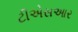
ટીએસઆર